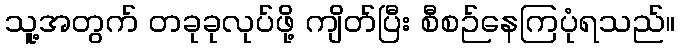
သူ့အတွက် တခုခုလုပ်ဖို့ ကျိတ်ပြီး စီစဉ်နေကြပုံရသည်။